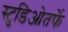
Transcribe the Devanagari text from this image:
स्टुडिओतर्फे